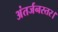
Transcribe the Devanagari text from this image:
अंतर्जनस्तर।